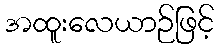
အထူးလေယာဉ်ဖြင့်